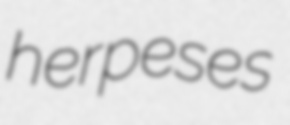
herpeses